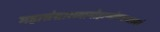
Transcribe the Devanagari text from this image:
महासंसारव्यामोहान्मोचयत्याश्‍वयं